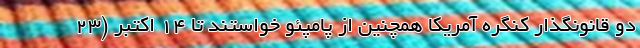
دو قانونگذار کنگره آمریکا همچنین از پامپئو خواستند تا ۱۴ اکتبر (۲۳